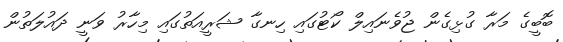
ބޮބީގެ މަރާ ގުޅިގެން ޖުވެނައިލް ކޯޓުގައި ހިނގާ ޝަރީއަތުގައި މިހާރު ވަނީ ދައުލަތުން